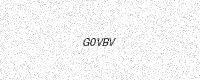
Text: G0VBV